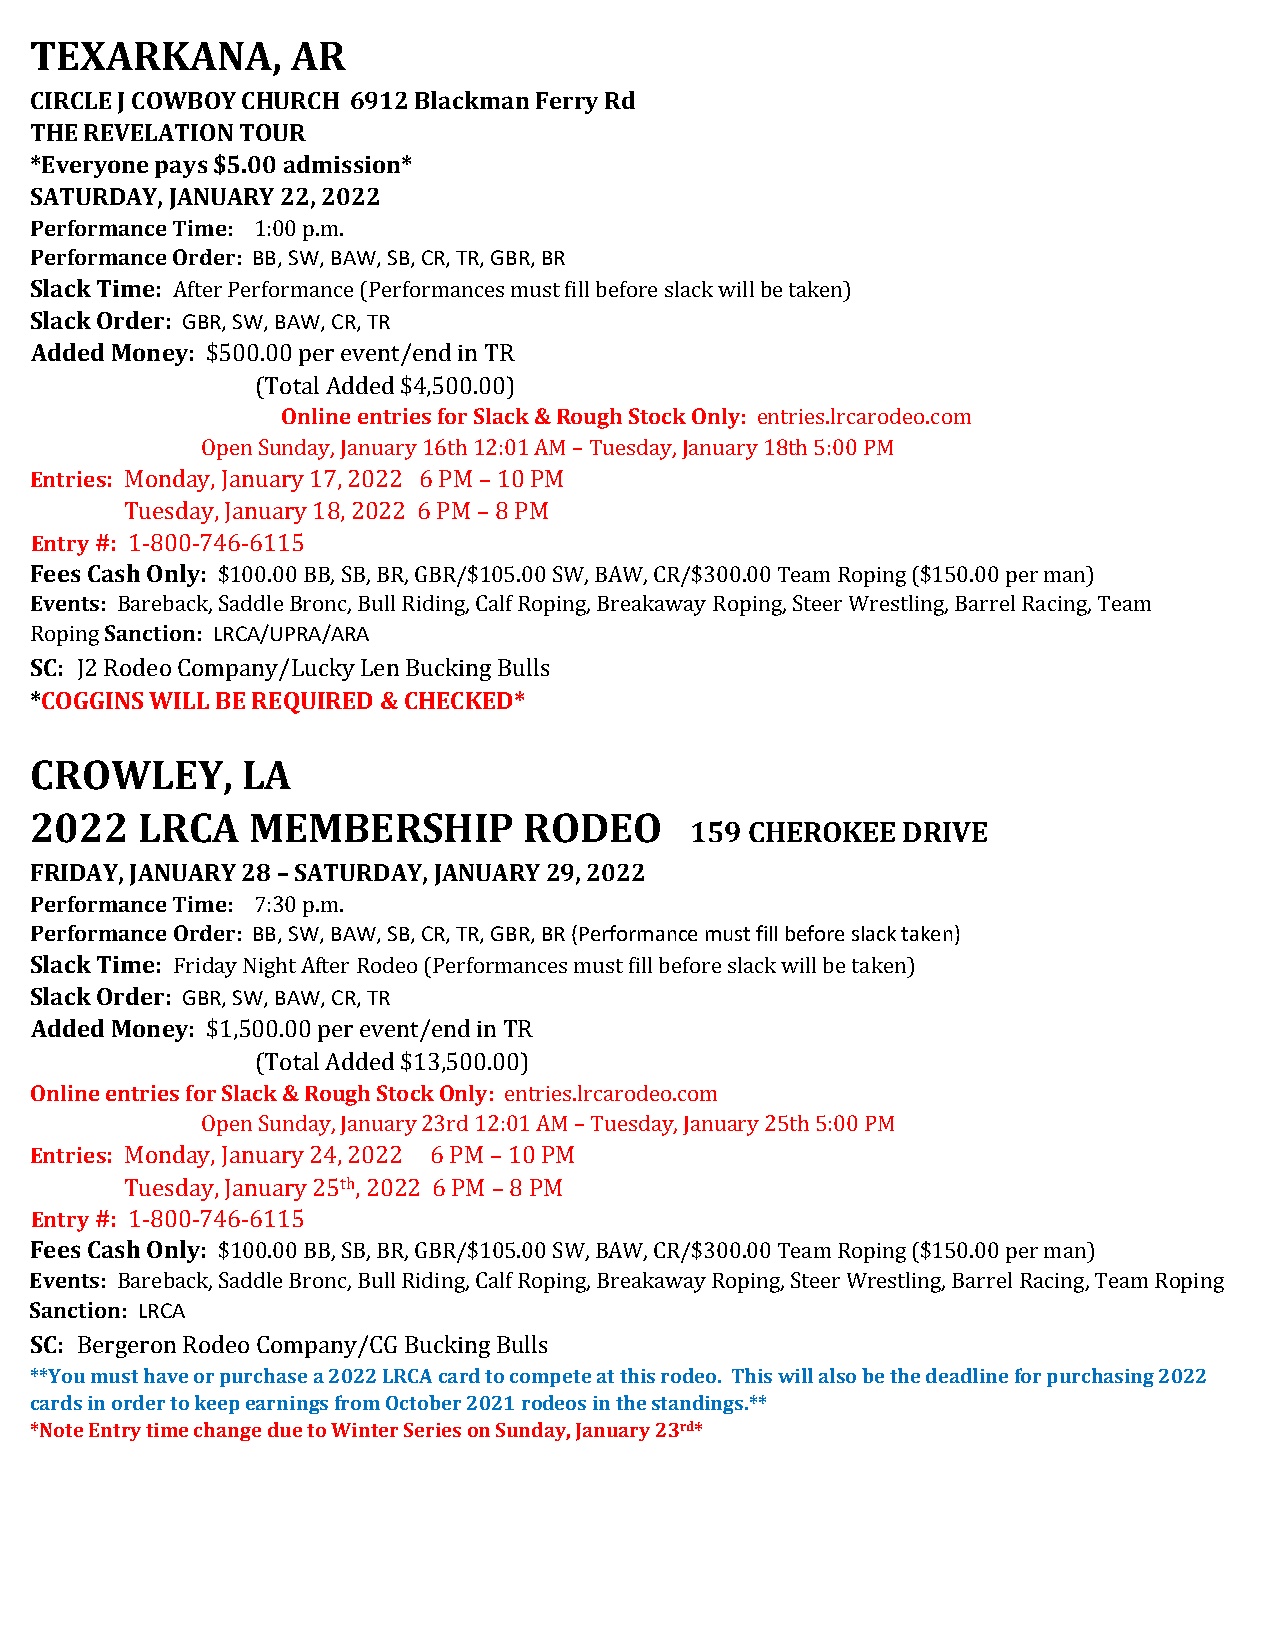
TEXARKANA,       AR
 CIRCLE J COWBOY CHURCH 6912 Blackman Ferry Rd
 THE REVELATION TOUR
 *Everyone pays $5.00 admission*
 SATURDAY, JANUARY 22, 2022
 Performance Time: 1:00 p.m.
 Performance Order: BB, SW, BAW, SB, CR, TR, GBR, BR
 Slack Time: After Performance (Performances must fill before slack will be taken)
 Slack Order: GBR, SW, BAW, CR, TR
 Added Money: $500.00 per event/end in TR
 (Total Added $4,500.00)
 Online entries for Slack & Rough Stock Only: entries.lrcarodeo.com
 Open Sunday, January 16th 12:01 AM – Tuesday, January 1 th 5:00 PM
 Entries: Monday, January 17, 2022 6 PM – 10 PM
 8
 Tuesday, January 18, 2022 6 PM – 8 PM
 Entry #: 1-800-746-6115
 Fees Cash Only: $100.00 BB, SB, BR, GBR/$105.00 SW, BAW, CR/$300.00 Team Roping ($150.00 per man)
 Events: Bareback, Saddle Bronc, Bull Riding, Calf Roping, Breakaway Roping, Steer Wrestling, Barrel Racing, Team
 Roping Sanction: LRCA/UPRA/ARA
 SC: J2 Rodeo Company/Lucky Len Bucking Bulls
 *COGGINS WILL BE REQUIRED & CHECKED*
 CROWLEY,      LA
 2022   LRCA   MEMBERSHIP         RODEO
 159 CHEROKEE  DRIVE
 FRIDAY, JANUARY 28 – SATURDAY, JANUARY 29, 2022
 Performance Time: 7:30 p.m.
 Performance Order: BB, SW, BAW, SB, CR, TR, GBR, BR (Performance must fill before slack taken)
 Slack Time: Friday Night After Rodeo (Performances must fill before slack will be taken)
 Slack Order: GBR, SW, BAW, CR, TR
 Added Money: $1,500.00 per event/end in TR
 (Total Added $13,500.00)
 Online entries for Slack & Rough Stock Only: entries.lrcarodeo.com
 Open Sunday, January 23rd 12:01 AM – Tuesday, January 25th 5:00 PM
 Entries: Monday, January 24, 2022 6 PM – 10 PM
 Tuesday, January 25th, 2022 6 PM – 8 PM
 Entry #: 1-800-746-6115
 Fees Cash Only: $100.00 BB, SB, BR, GBR/$105.00 SW, BAW, CR/$300.00 Team Roping ($150.00 per man)
 Events: Bareback, Saddle Bronc, Bull Riding, Calf Roping, Breakaway Roping, Steer Wrestling, Barrel Racing, Team Roping
 Sanction: LRCA
 SC: Bergeron Rodeo Company/CG Bucking Bulls
 **You must have or purchase a 2022 LRCA card to compete at this rodeo. This will also be the deadline for purchasing 2022
 cards in order to keep earnings from October 2021 rodeos in the standings.**
 *Note Entry time change due to Winter Series on Sunday, January 23rd*